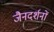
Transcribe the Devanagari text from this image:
जैनदर्शनों